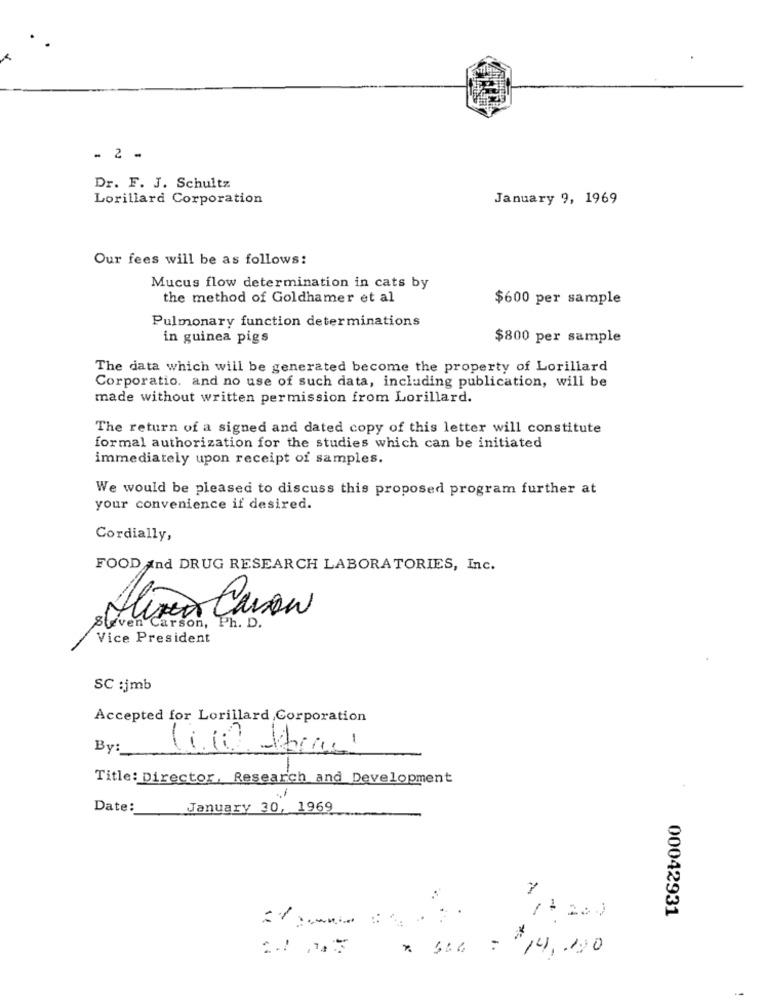
- 2 -
Dr. F. J. Schultz
Lorillard Corporation
January 9, 1969
Our fees will be as follows:
Mucus flow determination in cats by
the method of Goldhamer et al
$600 per sample
Pulmonary function determinations
in guinea pigs
$800 per sample
The data which will be generated become the property of Lorillard
Corporatio. and no use of such data, including publication, will be
made without written permission from Lorillard.
The return of a signed and dated copy of this letter will constitute
formal authorization for the studies which can be initiated
immediately upon receipt of samples.
We would be pleased to discuss this proposed program further at
your convenience if desired.
Cordially,
FOOD and DRUG RESEARCH LABORATORIES, Inc.
Steven Carson, Ph. D.
Vice President
SC :jmb
Accepted for Lorillard Corporation
-
By:
Title: Director, Research and Development
Date:
January 30, 1969
00042931
/ 200
= "14,200